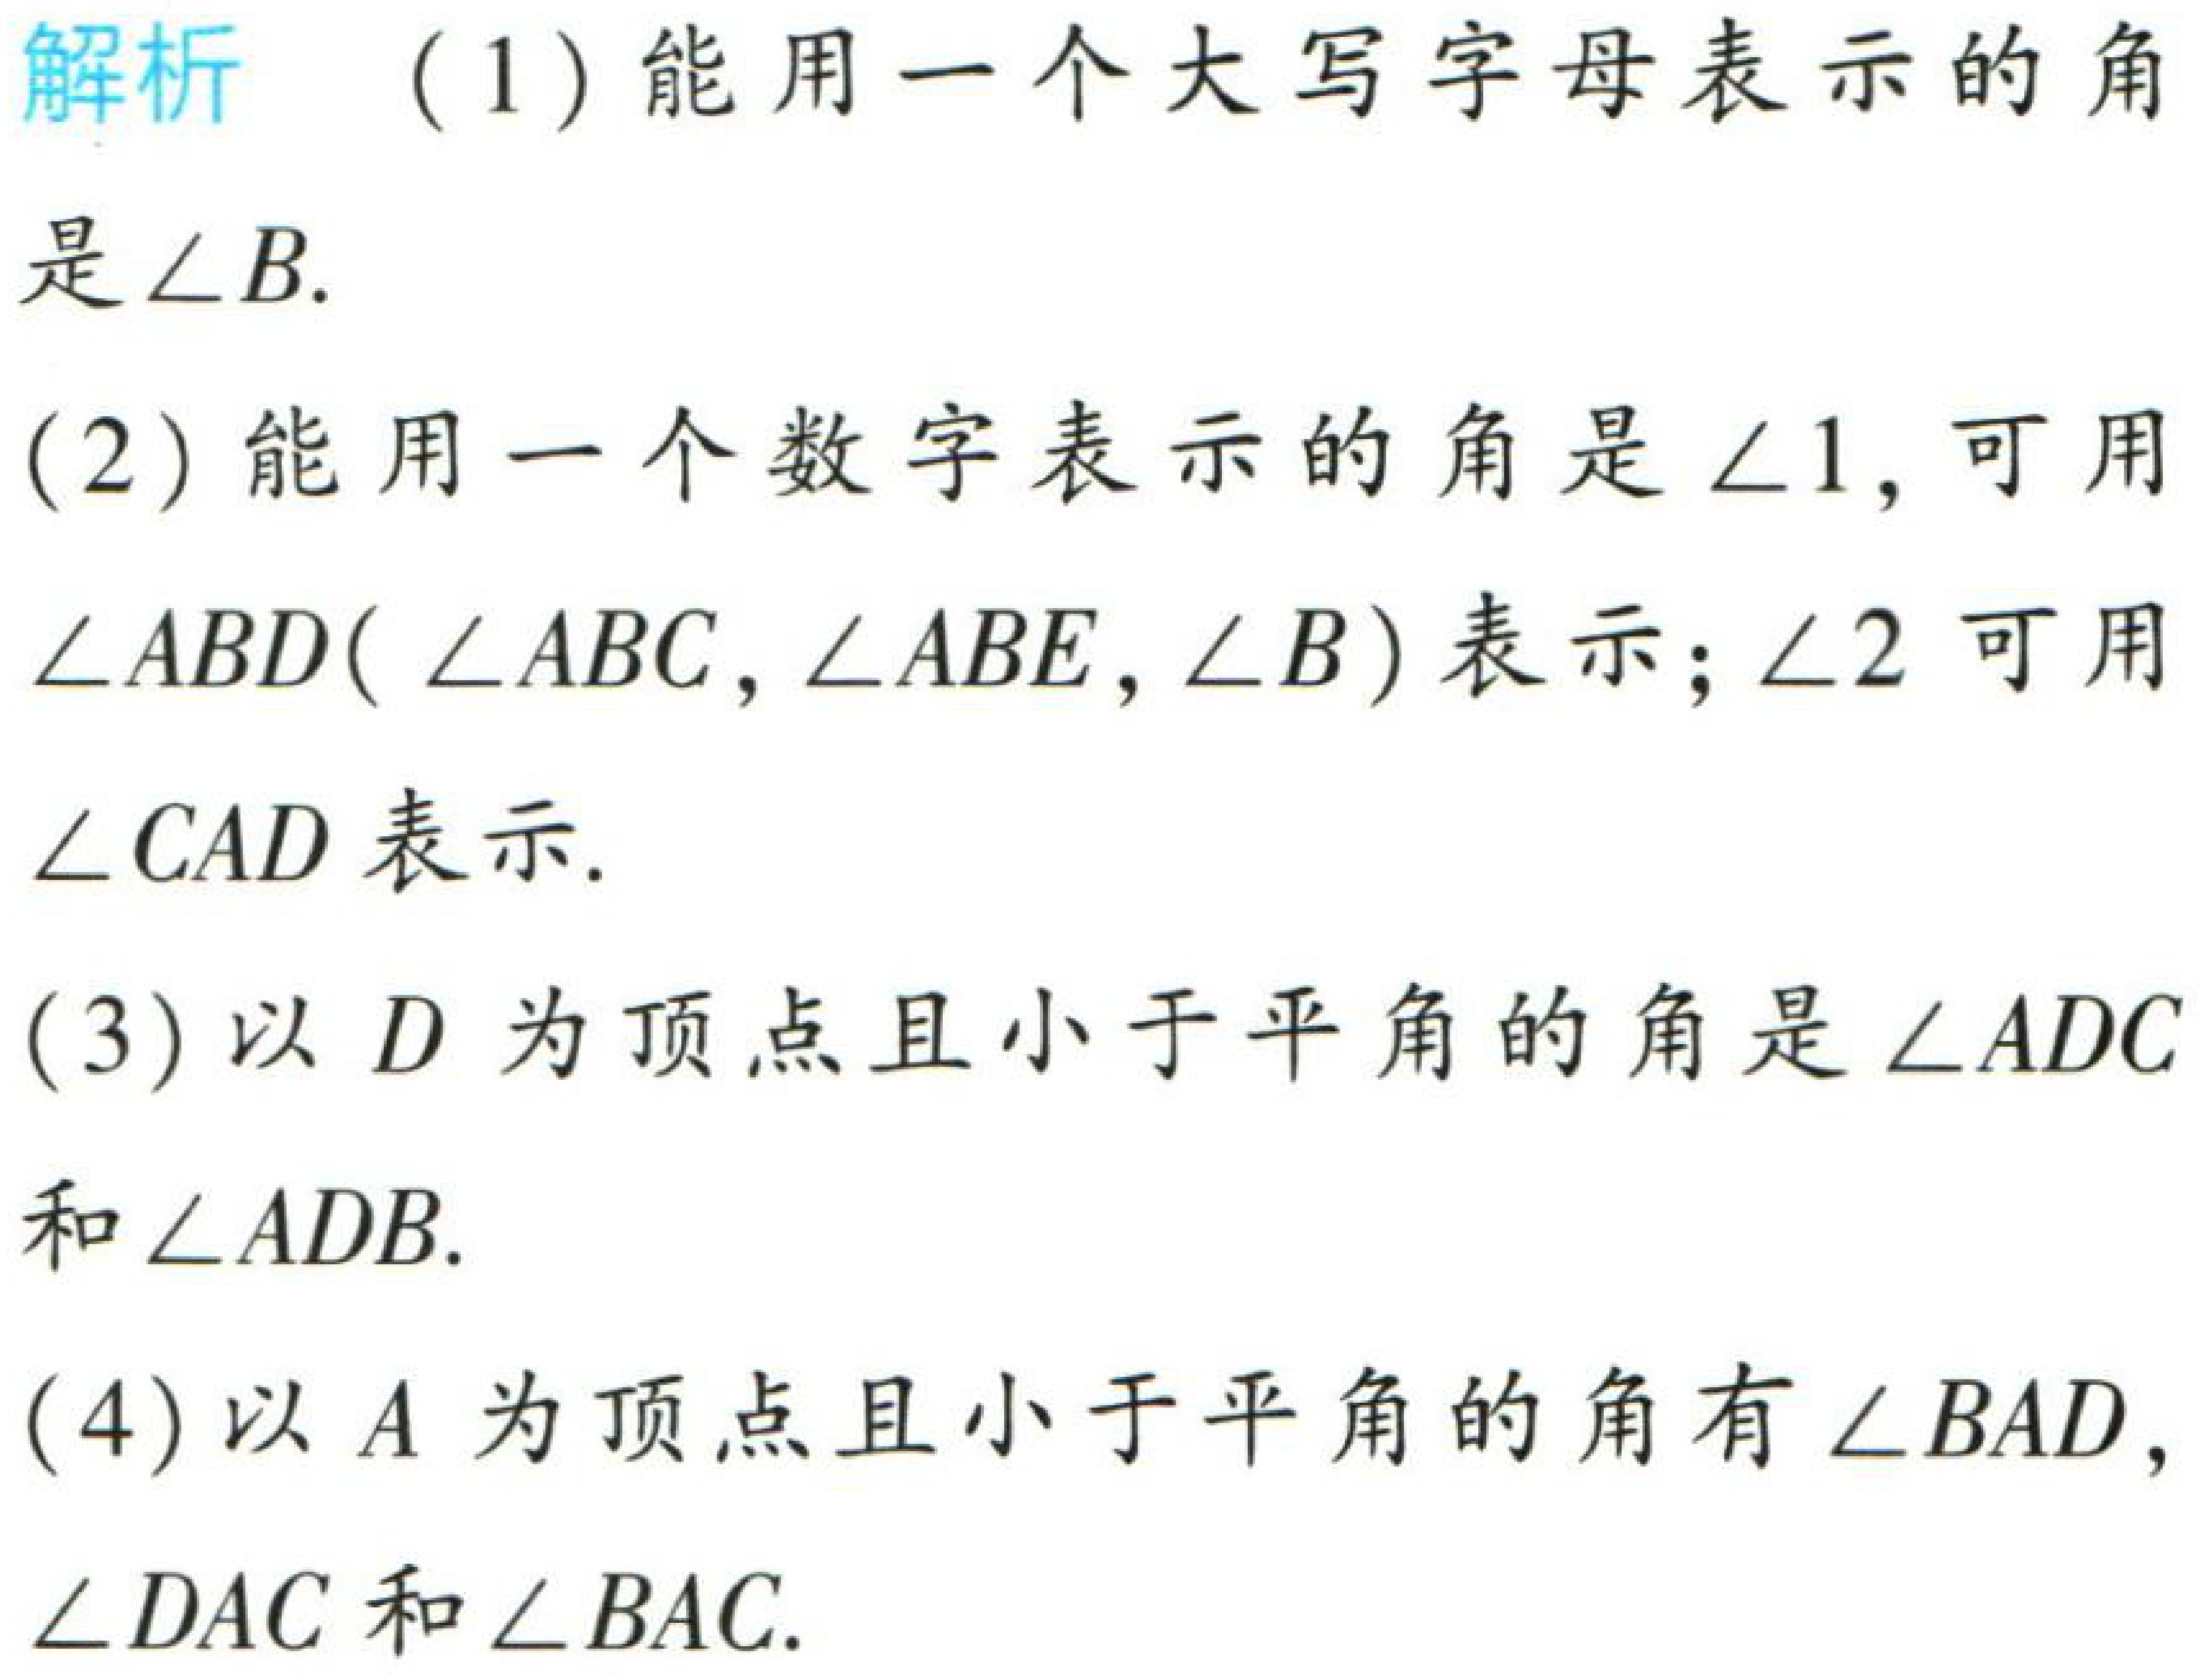
解析 （1）能用一个大写字母表示的角

是\(\angle B\).

（2）能用一个数字表示的角是\(\angle 1\), 可用

\(\angle ABD(\angle ABC,\angle ABE,\angle B)\)表示；\(\angle 2\) 可用

\(\angle CAD\)表示.

（3）以 \(D\) 为顶点且小于平角的角是\(\angle ADC\)

和\(\angle ADB\).

（4）以 \(A\) 为顶点且小于平角的角有\(\angle BAD\),

\(\angle DAC\) 和\(\angle BAC\).